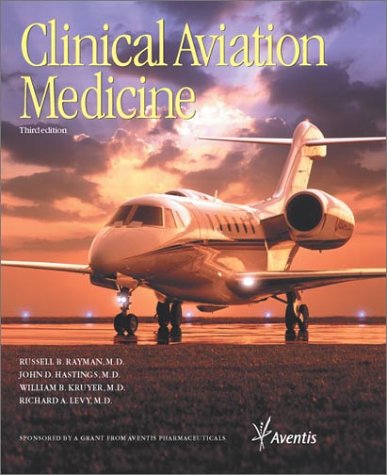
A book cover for Clinical Aviation Medicine (3rd Edition); Russell B. Rayman; Medical Books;